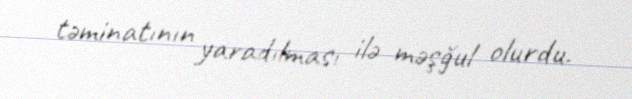
təminatının yaradılması ilə məşğul olurdu.